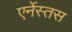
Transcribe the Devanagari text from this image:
एर्नेस्तस